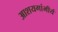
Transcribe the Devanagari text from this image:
आशयगांभीर्य